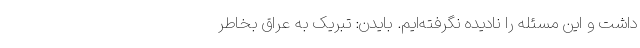
داشت و این مسئله را نادیده نگرفته‌ایم. بایدن: تبریک به عراق بخاطر